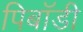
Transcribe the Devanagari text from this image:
पिबॉडी